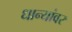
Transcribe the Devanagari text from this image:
धान्यांवर